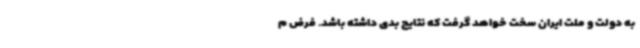
به دولت و ملت ایران سخت خواهد گرفت که نتایج بدی داشته باشد. فرض م